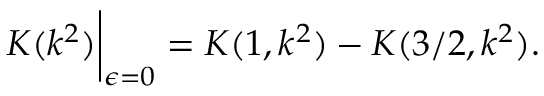
K ( k ^ { 2 } ) \bigg | _ { \epsilon = 0 } = K ( 1 , k ^ { 2 } ) - K ( 3 / 2 , k ^ { 2 } ) .